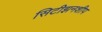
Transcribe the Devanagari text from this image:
सिटीझनशीप